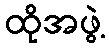
ထိုအဖွဲ့